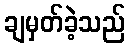
ချမှတ်ခဲ့သည်